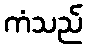
ကံသည်